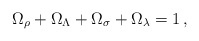
\begin{align*}\Omega_\rho + \Omega_\Lambda + \Omega_\sigma + \Omega_\lambda = 1 \,, \end{align*}